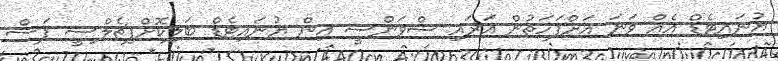
ޔުނައިޓެޑް އެއް ވަނަ އަށްފަހަތުން އަރައި ސްވަންސީ އިން ޔުނައިޓެޑް ބަލިކޮށްފިޗެލްސީ ފަސް